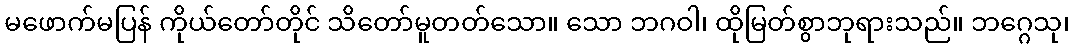
မဖောက်မပြန် ကိုယ်တော်တိုင် သိတော်မူတတ်သော။ သော ဘဂဝါ၊ ထိုမြတ်စွာဘုရားသည်။ ဘဂ္ဂေသု၊